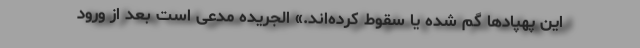
این پهپاد‌ها گم شده یا سقوط کرده‌اند.» الجریده مدعی است بعد از ورود